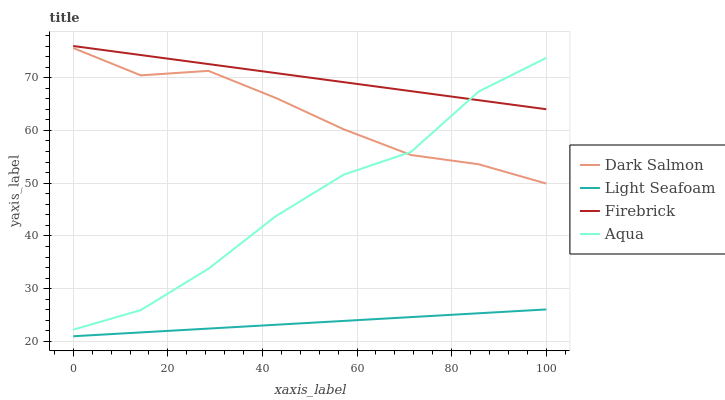
| xaxis_label | Dark Salmon | Light Seafoam | Firebrick | Aqua |
 | --- | --- | --- | --- | --- |
 | 0 | 75.6 | 21 | 76 | 22.2 |
 | 14.3 | 70.4 | 21.7 | 74.3 | 26 |
 | 28.6 | 71.3 | 22.5 | 72.6 | 33.8 |
 | 42.9 | 66.1 | 23.2 | 70.9 | 43.8 |
 | 57.1 | 60.2 | 23.9 | 69.2 | 51.6 |
 | 71.4 | 55.3 | 24.6 | 67.4 | 55.9 |
 | 85.7 | 53.6 | 25.4 | 65.7 | 67.4 |
 | 100 | 49.9 | 26.1 | 64 | 73.8 |